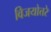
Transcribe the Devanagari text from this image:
विजयोत्तरे